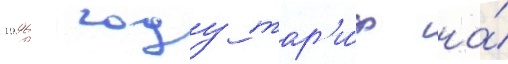
1996 году тар'и́ф на́